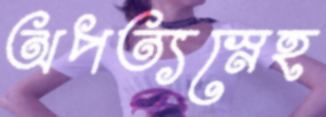
অপত্যস্নেহ